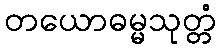
တယောဓမ္မသုတ္တံ